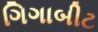
ગિગાબીટ